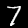
Label: 7